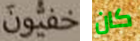
خفيون كان